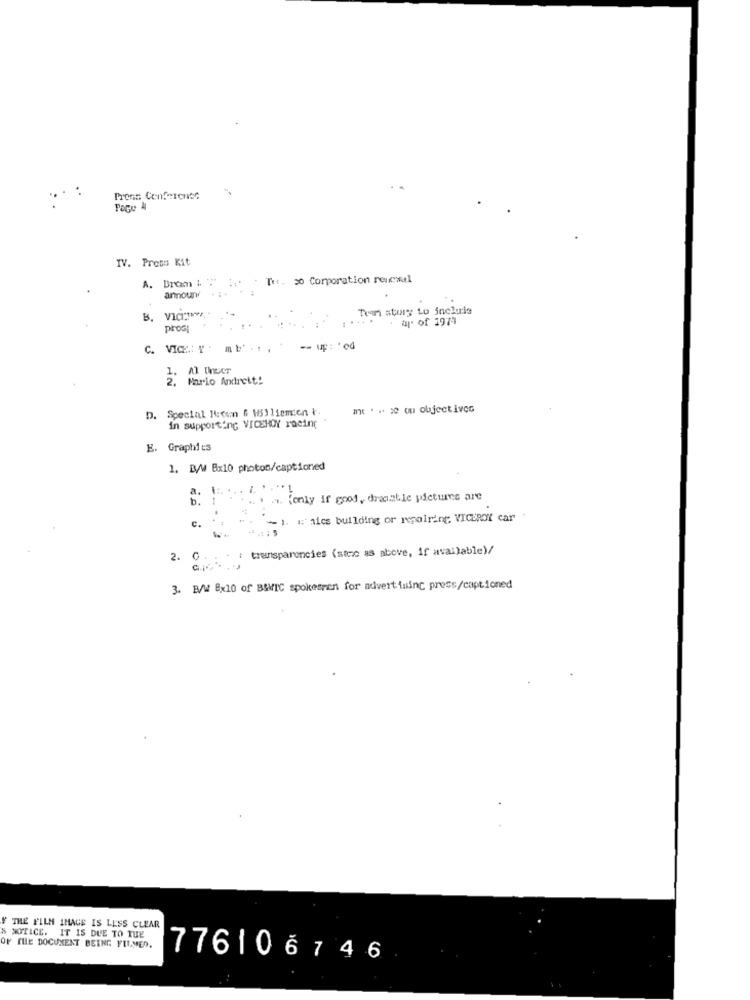
Press Conference
IV. Proto Kit
A. Brom i. .
Ter. so Corporation renewal
announ
Tran story to incluris
B.
B. VICTIM-
ap of 1971
prosi
C. VICE: " mb' ...
- up: * ed
2. Mario Andreit!
D. Special Ricumn & Williemen t.
me . . co o objectives
in supporting VICEHOY racing
E. Graphic3
1. B/W Bx10 photos/captioned
1:
. ....
a.
. .. [only if good, dramable pictures are
- 1. chies building or repairing VICEROY car
c.
- : transparencies (sazo as above, if available)/
2. C.
3. B/W 8x10 of BSVIC spokesren for advertising press/captioned
THE FILM IMAGE IS LESS CLEAR
XYTICE. IT IS DUE TO TUE
OF THE DOCUMENT BEING FILMED.
776106746